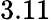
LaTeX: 3.11